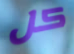
كل